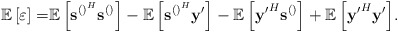
\begin{align*} \mathbb{E}\left[\varepsilon\right]=&{\mathbb{E}\left[\mathbf{s}^{\left(\right)^H}\mathbf{s}^{\left(\right)}\right]}-{\mathbb{E}\left[\mathbf{s}^{\left(\right)^H}\mathbf{y}'\right]}-{\mathbb{E}\left[\mathbf{y'}^H\mathbf{s}^{\left(\right)}\right]}+{\mathbb{E}\left[\mathbf{y'}^H\mathbf{y}'\right]}.\end{align*}